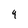
Character: 4